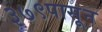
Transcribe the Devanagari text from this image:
३७९पासून